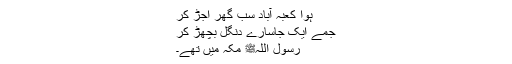
ہوا کعبہ آباد سب گھر اجڑ کر
جمے ایک جاسارے دنگل بچھڑ کر
رسول اللہﷺ مکہ میں تھے۔